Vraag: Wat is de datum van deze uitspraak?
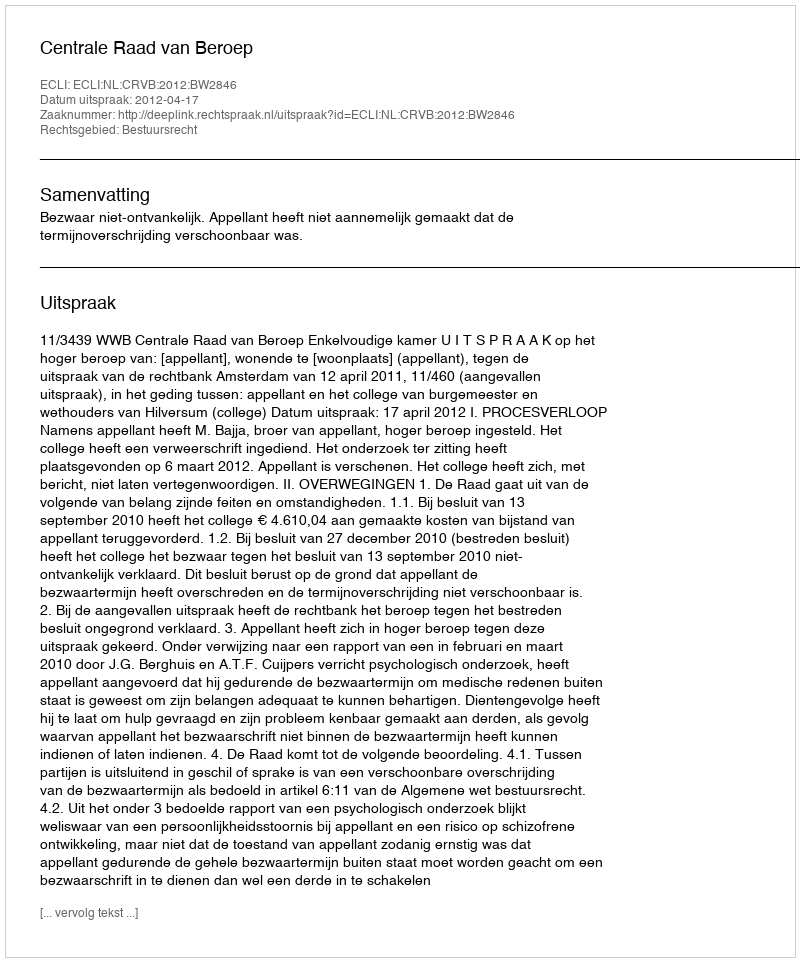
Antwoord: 2012-04-17